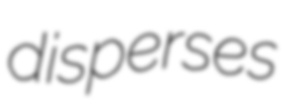
disperses